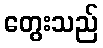
တွေးသည်